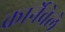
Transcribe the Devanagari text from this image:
कार्नेवेले